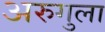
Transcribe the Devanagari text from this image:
अरुगुला